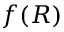
f ( R )